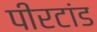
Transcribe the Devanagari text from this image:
पीरटांड